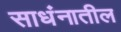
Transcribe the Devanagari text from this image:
साधंनातील